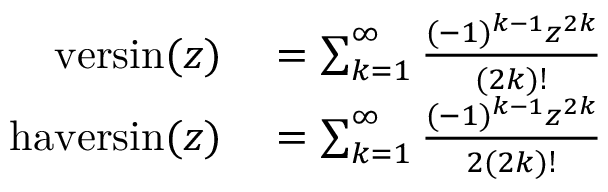
\begin{array} { r l } { \operatorname { v e r s i n } ( z ) } & { { } = \sum _ { k = 1 } ^ { \infty } { \frac { ( - 1 ) ^ { k - 1 } z ^ { 2 k } } { ( 2 k ) ! } } } \\ { \operatorname { h a v e r s i n } ( z ) } & { { } = \sum _ { k = 1 } ^ { \infty } { \frac { ( - 1 ) ^ { k - 1 } z ^ { 2 k } } { 2 ( 2 k ) ! } } } \end{array}